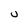
Character: U